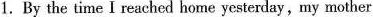
1. By the time I reached home yesterday,my mother